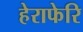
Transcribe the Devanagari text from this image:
हेराफेरि